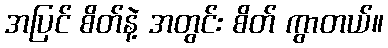
အပြင် စိတ်နဲ့ အတွင်း စိတ် ကွာတယ်။